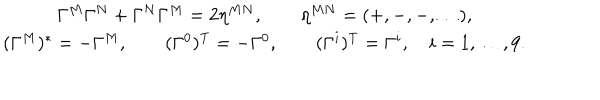
\begin{array} { c } { { \Gamma ^ { M } \Gamma ^ { N } + \Gamma ^ { N } \Gamma ^ { M } = 2 \eta ^ { M N } , \qquad \eta ^ { M N } = ( + , - , - , \dots ) , } } \\ { { ( \Gamma ^ { M } ) ^ { * } = - \Gamma ^ { M } , \qquad ( \Gamma ^ { 0 } ) ^ { \mathrm { T } } = - \Gamma ^ { 0 } , \qquad ( \Gamma ^ { i } ) ^ { \mathrm { T } } = \Gamma ^ { i } , \quad i = 1 , \dots , 9 . } } \\ \end{array}